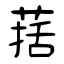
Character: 葀